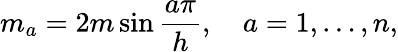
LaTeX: m_{a}=2m\sin\frac{a\pi}{h},~~~~a=1,\dots,n,